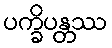
ပက္ခိပန္တဿ